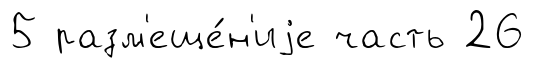
5 разм'еще́н'иjе часть 26